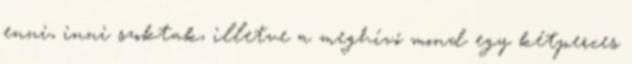
enni, inni szoktak, illetve a meghívó mond egy kétperces